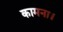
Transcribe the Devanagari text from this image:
कामना।